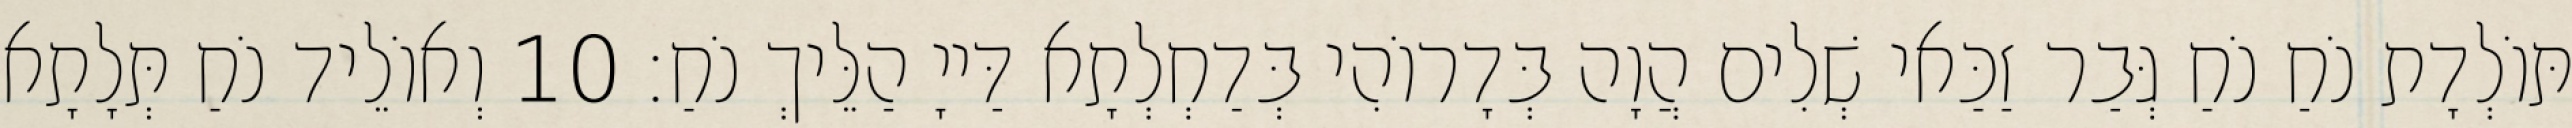
תּוֹלְדָת נֹחַ נֹחַ גְּבַר זַכַּאי שְׁלִים הֲוָה בְּדָרוֹהִי בְּדַחְלְתָא דַּייָ הַלֵּיךְ נֹחַ׃ 10 וְאוֹלֵיד נֹחַ תְּלָתָא